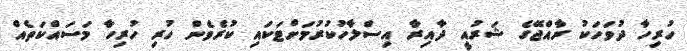
ހުރިހާ ދުވަހަކު ރާއްޖޭގެ ޝަރުއީ ދާއިރާ އިސްލާހުކުރުމަށްޓަކައި ކުރެވެން ހުރި ހުރިހާ މަސައްކަތެއް